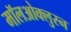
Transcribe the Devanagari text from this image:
मॉलओक्लुस्न